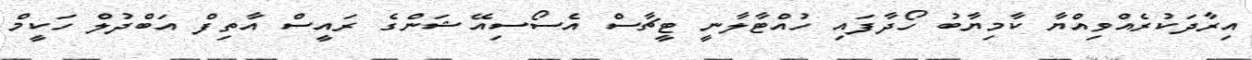
އިރާދަކުރެއްވިއްޔާ ކާމިޔާބު ހޯދާފައި ހުއްޓާލާނީ ޓީޗާސް އެސޯސިއޭޝަންގެ ރައީސް އާތިފް އަބްދުލް ހަކީމް